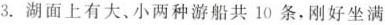
3.湖面上有大、小两种游船共10条，刚好坐满